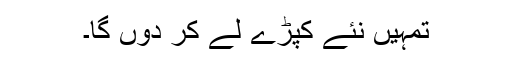
تمہیں نئے کپڑے لے کر دوں گا۔